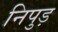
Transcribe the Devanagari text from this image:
निपुड़